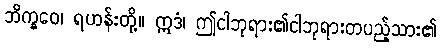
ဘိက္ခဝေ၊ ရဟန်းတို့။ ဣဒံ၊ ဤငါဘုရား၏ငါဘုရားတပည့်သား၏